Civil Veterinary Dept. Bombay admin report 1907-1913 - 1907-1913
Year: 1907
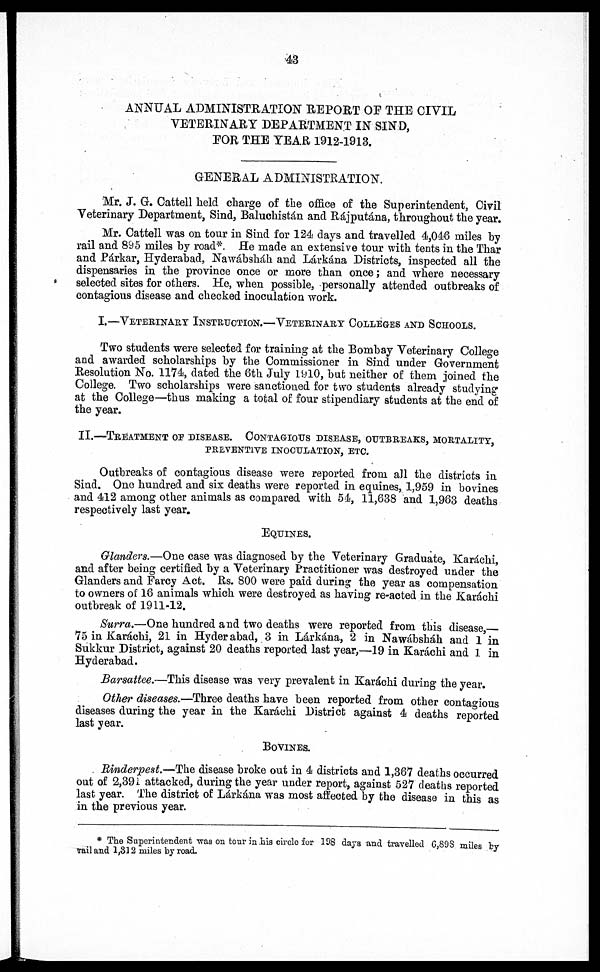
43
ANNUAL ADMINISTRATION REPORT OF THE CIVIL
VETERINARY DEPARTMENT IN SIND,
FOR THE YEAR 1912-1913.
GENERAL ADMINISTRATION.
Mr. J. G. Cattell held charge of the office of the Superintendent, Civil
Veterinary Department, Sind, Baluchistán and Rájputána, throughout the year.
Mr. Cattell was on tour in Sind for 124 days and travelled 4,046 miles by
rail and 895 miles by road*. He made an extensive tour with tents in the Thar
and Párkar, Hyderabad, Nawábsháh and Lárkána Districts, inspected all the
dispensaries in the province once or more than once; and where necessary
selected sites for others. He, when possible, personally attended outbreaks of
contagious disease and checked inoculation work.
I.—VETERINARY INSTRUCTION.—VETERINARY COLLEGES AND SCHOOLS.
Two students were selected for training at the Bombay Veterinary College
and awarded scholarships by the Commissioner in Sind under Government
Resolution No. 1174, dated the 6th July 1910, but neither of them joined the
College. Two scholarships were sanctioned for two students already studying
at the College—thus making a total of four stipendiary students at the end of
the year.
II.—TREATMENT OF DISEASE. CONTAGIOUS DISEASE, OUTBREAKS, MORTALITY,
PREVENTIVE INOCULATION, ETC.
Outbreaks of contagious disease were reported from all the districts in
Sind. One hundred and six deaths were reported in equines, 1,959 in bovines
and 412 among other animals as compared with 54, 11,638 and 1,963 deaths
respectively last year.
EQUINES.
Glanders.—One case was diagnosed by the Veterinary Graduate, Karachi,
and after being certified by a Veterinary Practitioner was destroyed under the
Glanders and Farcy Act. Rs. 800 were paid during the year as compensation
to owners of 16 animals which were destroyed as having re-acted in the Karáchi
outbreak of 1911-12.
Surra.—One hundred and two deaths were reported from this disease,—
75 in Karáchi, 21 in Hyderabad, 3 in Lárkána, 2 in Nawábsháh and 1 in
Sukkur District, against 20 deaths reported last year,—19 in Karáchi and 1 in
Hyderabad.
Barsattee.—This disease was very prevalent in Karáchi during the year.
Other diseases.—Three deaths have been reported from other contagious
diseases during the year in the Karachi District against 4 deaths reported
last year.
BOVINES.
Rinderpest.—The disease broke out in 4 districts and 1,367 deaths occurred
out of 2,391 attacked, during the year under report, against 527 deaths reported
last year. The district of Lárkána was most affected by the disease in this as
in the previous year.
* The Superintendent was on tonr in his circle for 198 days and travelled G,89S miles by
rail and 1,312 miles by road.